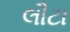
લૌટા